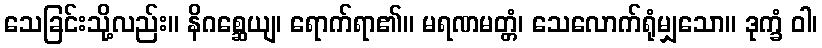
သေခြင်းသို့လည်း။ နိဂစ္ဆေယျ၊ ရောက်ရာ၏။ မရဏမတ္တံ၊ သေလောက်ရုံမျှသော။ ဒုက္ခံ ဝါ၊